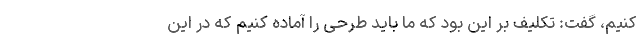
کنیم، گفت: تکلیف بر این بود که ما باید طرحی را آماده کنیم که در این